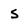
Character: S